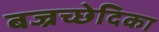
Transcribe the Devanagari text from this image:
बज्रच्छेदिका